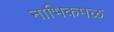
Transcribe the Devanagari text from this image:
नाभिकमळ